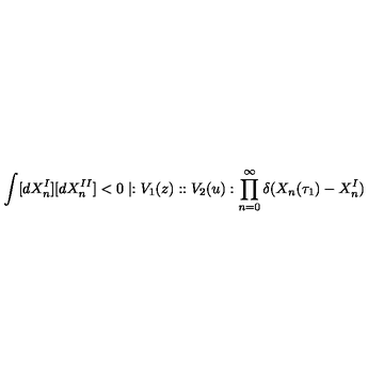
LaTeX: \int [ d X _ { n } ^ { I } ] [ d X _ { n } ^ { I I } ] < 0 \mid : V _ { 1 } ( z ) : : V _ { 2 } ( u ) : \prod _ { n = 0 } ^ { \infty } \delta ( X _ { n } ( \tau _ { 1 } ) - X _ { n } ^ { I } )